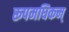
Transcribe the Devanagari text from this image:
रूपमधिकम्